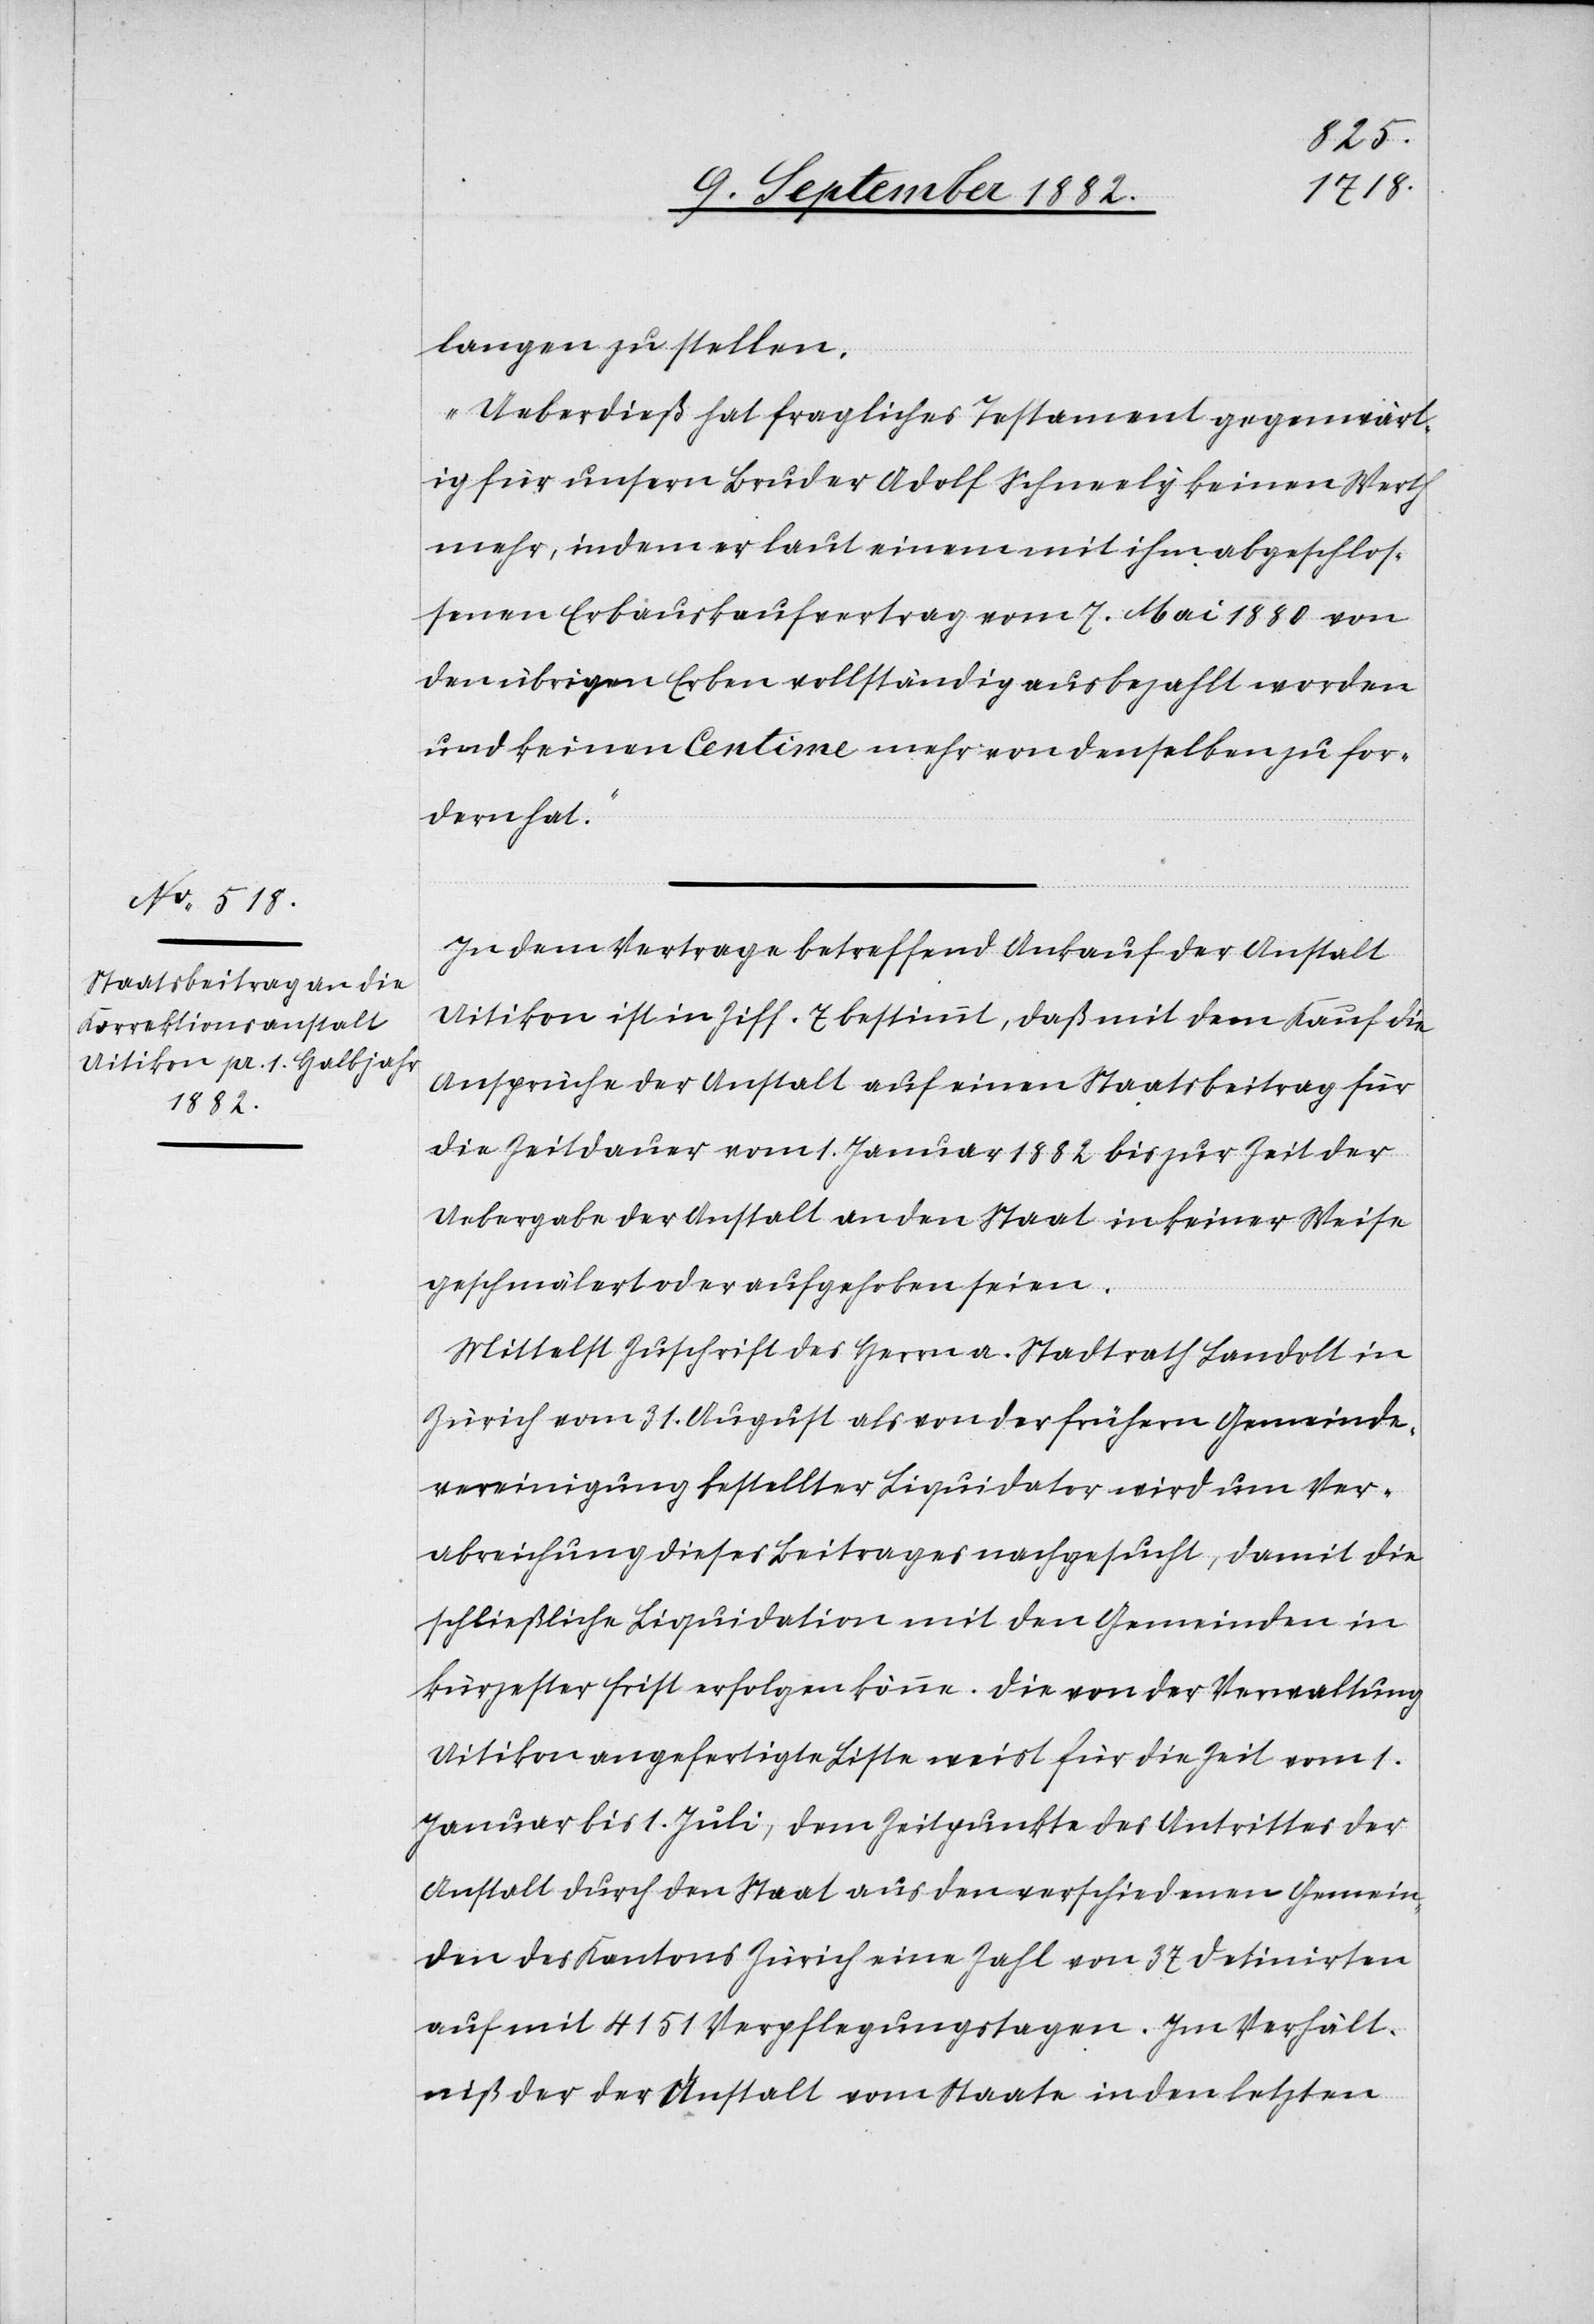
langen zu stellen.
Ueberdieß hat fragliches Testament gegenwärt¬
ig für unsern Bruder Adolf Schneely keinen Werth
mehr, indem er laut einem mit ihm abgeschlos¬
senen Erbauskaufvertrag vom 7. Mai 1880 von
den übrigen Erben vollständig ausbezahlt worden
und keinen Centime mehr von denselben zu for¬
dern hat.“
In dem Vertrage betreffend Ankauf der Anstalt
Uitikon ist in Ziff. 7 bestimmt, daß mit dem Kauf die
Ansprüche der Anstalt auf einen Staatsbeitrag für
die Zeitdauer vom 1. Januar 1882 bis zur Zeit der
Uebergabe der Anstalt an den Staat in keiner Weise
geschmälert oder aufgehoben seien.
Mittelst Zuschrift des Herrn a. Stadtrath Landolt in
Zürich vom 31. August als von der frühern Gemeinde¬
vereinigung bestellter Liquidator wird um Ver¬
abreichung dieses Beitrages nachgesucht, damit die
schließliche Liquidation mit den Gemeinden in
kürzester Frist erfolgen könne. Die von der Verwaltung
Uitikon angefertigte Liste weist für die Zeit vom 1.
Januar bis 1. Juli, dem Zeitpunkte des Antrittes der
Anstalt durch den Staat aus den verschiedenen Gemein¬
den des Kantons Zürich eine Zahl von 37 Detinirten
auf mit 4151 Verpflegungstagen. Im Verhält¬
niß der der Anstalt vom Staate in den letzten